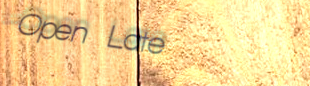
Open Late